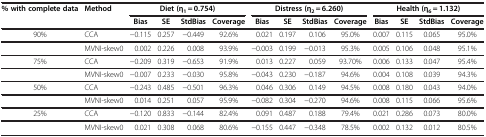
| % with complete data | Method | <COLSPAN=4> Diet (η1 = 0.754) | <COLSPAN=4> Distress (η2 = 6.260) | <COLSPAN=4> Health (η6 = 1.132) |
 |  |  | Bias | SE | StdBias | Coverage | Bias | SE | StdBias | Coverage | Bias | SE | StdBias | Coverage |
 | --- | --- | --- | --- | --- | --- | --- | --- | --- | --- | --- | --- | --- | --- |
 | 90% | CCA | −0.115 | 0.257 | −0.449 | 92.6% | 0.021 | 0.197 | 0.106 | 95.0% | 0.007 | 0.115 | 0.065 | 95.0% |
 |  | MVNI-skew0 | 0.002 | 0.226 | 0.008 | 93.9% | −0.003 | 0.199 | −0.013 | 95.3% | 0.005 | 0.106 | 0.048 | 95.1% |
 | 75% | CCA | −0.209 | 0.319 | −0.653 | 91.9% | 0.013 | 0.227 | 0.059 | 93.70% | 0.006 | 0.133 | 0.047 | 95.4% |
 |  | MVNI-skew0 | −0.007 | 0.233 | −0.030 | 95.8% | −0.043 | 0.230 | −0.187 | 94.6% | 0.004 | 0.108 | 0.039 | 94.3% |
 | 50% | CCA | −0.243 | 0.485 | −0.501 | 96.3% | 0.046 | 0.306 | 0.149 | 94.5% | 0.008 | 0.180 | 0.043 | 94.0% |
 |  | MVNI-skew0 | 0.014 | 0.251 | 0.057 | 95.9% | −0.082 | 0.304 | −0.270 | 94.6% | 0.008 | 0.115 | 0.066 | 95.6% |
 | 25% | CCA | −0.120 | 0.833 | −0.144 | 82.4% | 0.091 | 0.487 | 0.188 | 79.4% | 0.021 | 0.286 | 0.073 | 80.0% |
 |  | MVNI-skew0 | 0.021 | 0.308 | 0.068 | 80.6% | −0.155 | 0.447 | −0.348 | 78.5% | 0.002 | 0.132 | 0.012 | 80.5% |